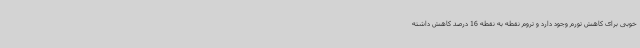
خوبی برای کاهش تورم وجود دارد و تروم نقطه به نقطه 16 درصد کاهش داشته